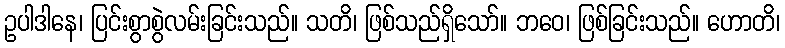
ဥပါဒါနေ၊ ပြင်းစွာစွဲလမ်းခြင်းသည်။ သတိ၊ ဖြစ်သည်ရှိသော်။ ဘဝေ၊ ဖြစ်ခြင်းသည်။ ဟောတိ၊